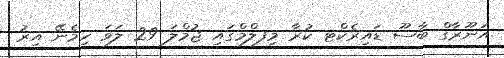
އަނޫރާގް ބާސޫ ޑައިރެކްޓ ކުރާ މިފލްމްގައި ޖުމްލަ 29 ލަވަ ހިމެނޭ އިރު